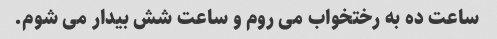
ساعت ده به رختخواب می روم و ساعت شش بیدار می شوم.